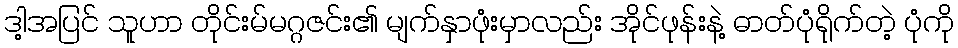
ဒါ့အပြင် သူဟာ တိုင်းမ်မဂ္ဂဇင်း၏ မျက်နှာဖုံးမှာလည်း အိုင်ဖုန်းနဲ့ ဓာတ်ပုံရိုက်တဲ့ ပုံကို